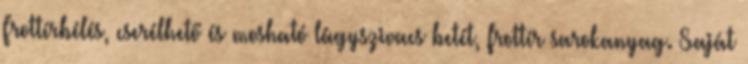
Frottírbélés, cserélhető és mosható lágyszivacs betét, frottír sarokanyag. Saját